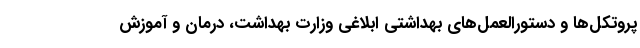
پروتکل‌ها و دستورالعمل‌های بهداشتی ابلاغی وزارت بهداشت، درمان و آموزش